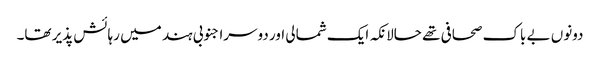
دونوں بے باک صحافی تھے حالانکہ ایک شمالی اور دوسرا جنوبی ہند میں رہائش پذیر تھا۔